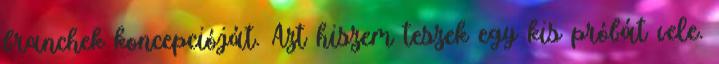
branchek koncepcióját. Azt hiszem teszek egy kis próbát vele.